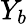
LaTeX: Y_{b}